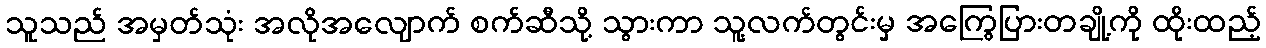
သူသည် အမှတ်သုံး အလိုအလျောက် စက်ဆီသို့ သွားကာ သူ့လက်တွင်းမှ အကြွေပြားတချို့ကို ထိုးထည့်